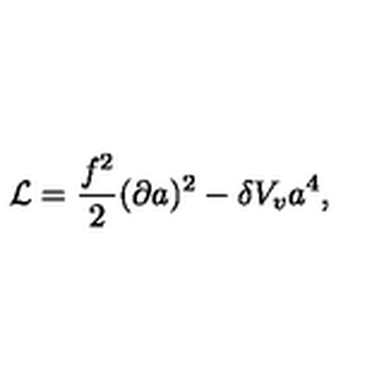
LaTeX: { \cal L } = { \frac { f ^ { 2 } } { 2 } } ( \partial a ) ^ { 2 } - \delta V _ { v } a ^ { 4 } ,